Punjab Mental Hospital Lahore 1922-31 - 1922-1931
Year: 1922
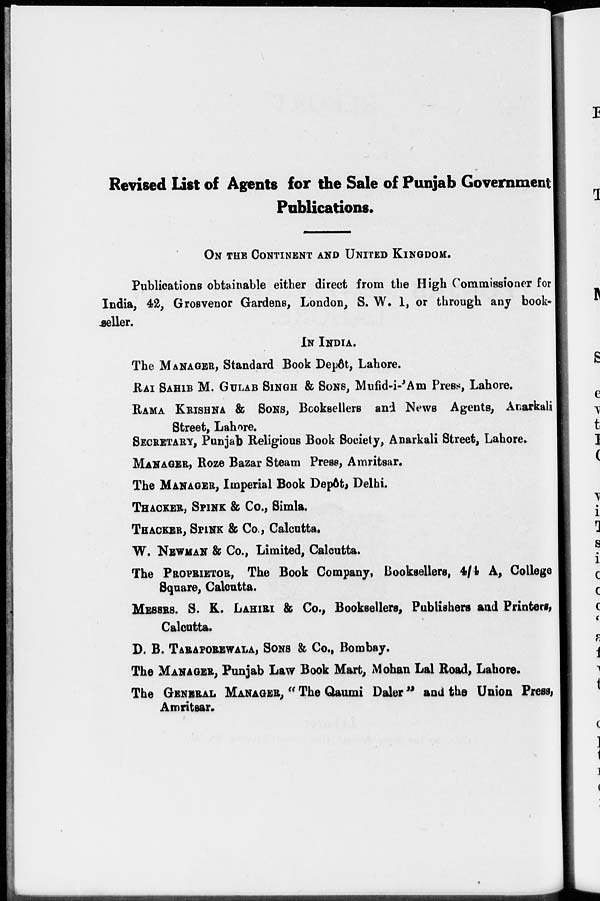
Revised List of Agents for the Sale of Punjab Government
Publications.
ON THE CONTINENT AND UNITED KINGDOM.
Publications obtainable either direct from the High Commissioner for
India, 42, Grosvenor Gardens, London, S. W. 1, or through any book-
seller.
IN INDIA.
The MANAGER, Standard Book Depôt, Lahore.
RAI SAHIB M. GULAB SINGH & SONS, Mufid-i-'Am Press, Lahore.
RAMA KRISHNA & SONS, Booksellers and News Agents, Anarkali
Street, Lahore.
SECRETARY, Punjab Religious Book Society, Anarkali Street, Lahore.
MANAGER, Roze Bazar Steam Press, Amritsar.
The MANAGER, Imperial Book Depôt, Delhi.
THACKER, SPINK & Co., Simla.
THACKER, SPINK & Co., Calcutta.
W. NEWMAN & Co., Limited, Calcutta.
The PROPRIETOR, The Book Company, Booksellers, 4/4 A, College
Square, Calcutta.
MESSRS. S. K. LAHIRI & Co., Booksellers, Publishers and Printers,
Calcutta.
D. B. TARAPOREWALA, SONS & Co., Bombay.
The MANAGER, Punjab Law Book Mart, Mohan Lal Road, Lahore.
The GENERAL MANAGER, " The Qaumi Daler" and the Union Press,
Amritsar.